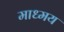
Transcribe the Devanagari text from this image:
माध्मय